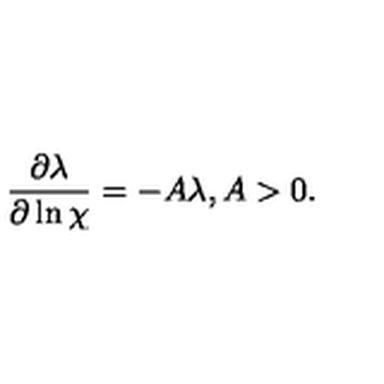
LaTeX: \frac { \partial \lambda } { \partial \ln \chi } = - A \lambda , A > 0 .